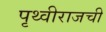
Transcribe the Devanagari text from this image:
पृथ्वीराजची